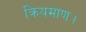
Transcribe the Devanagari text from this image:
क्रियमाण।